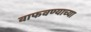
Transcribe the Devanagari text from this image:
वाफवण्याच्या